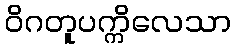
ဝိဂတူပက္ကိလေသာ